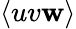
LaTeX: \langle{uv\mathbf{w}\rangle}